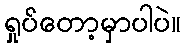
ရှုပ်တော့မှာပါပဲ။